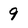
Character: 9